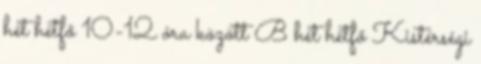
hét hétfő 10-12 óra között B hét hétfő Kistérségi